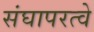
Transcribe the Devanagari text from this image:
संघापरत्वे